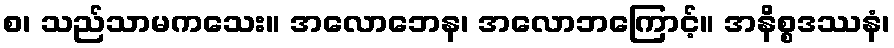
စ၊ သည်သာမကသေး။ အလောဘေန၊ အလောဘကြောင့်။ အနိစ္စဒဿနံ၊